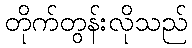
တိုက်တွန်းလိုသည်